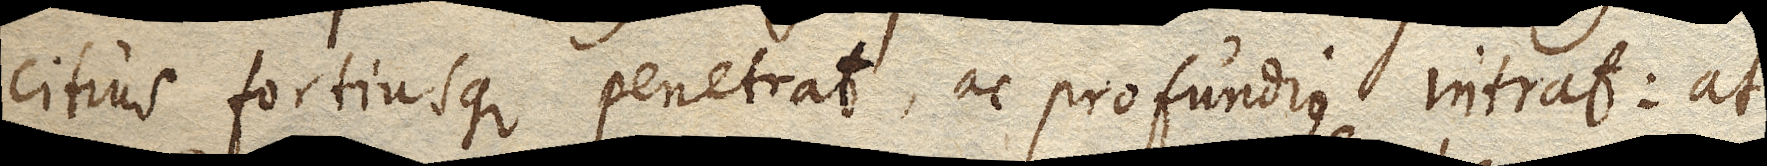
citius fortiusque penetrat, ac profundius intrat: at